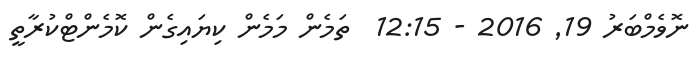
ނޮވެމްބަރު 19